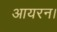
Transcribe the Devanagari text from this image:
आयरन।